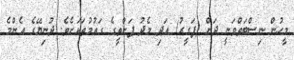
މީހުން ނިސްބަތްވަނީ ދަށް (ފަގީރު) އަދި މެދު ފަންތީގެ ގައުމުތަކަށެވެ. ދުނިޔޭގެ އެންމެ